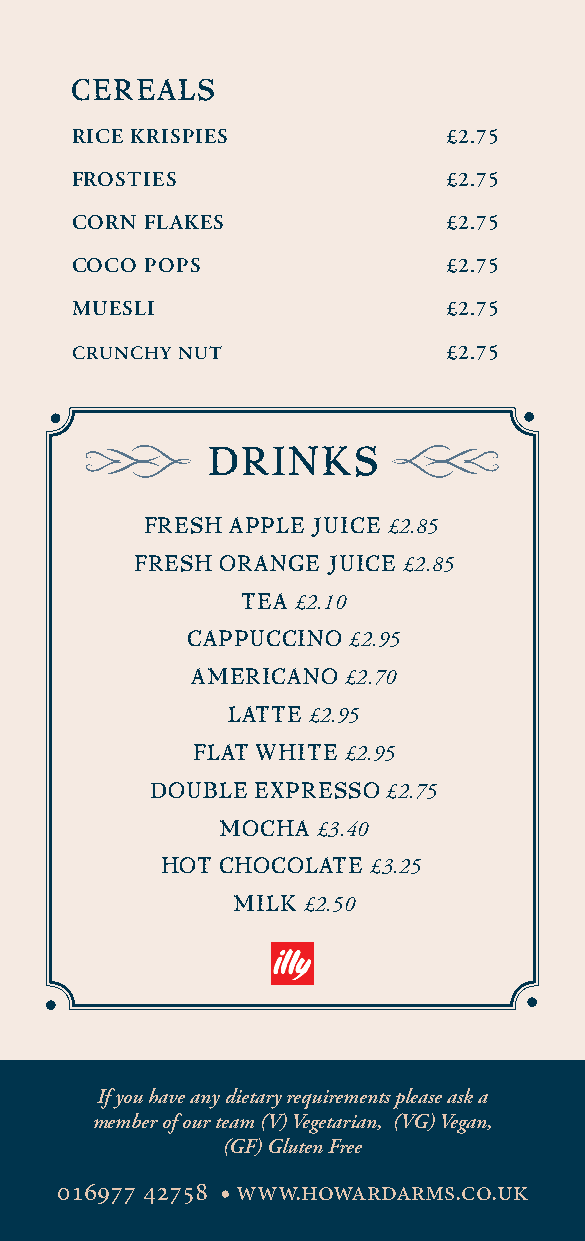
CEREALS
 RICE KRISPIES           £2.75
 FROSTIES                £2.75
 CORN FLAKES             £2.75
 COCO POPS               £2.75
 MUESLI                  £2.75
 CRUNCHY NUT              £2.75
 DRINKS
 FRESH APPLE JUICE £2.85
 FRESH ORANGE JUICE £2.85
 TEA £2.10
 CAPPUCCINO £2.95
 AMERICANO £2.70
 LATTE £2.95
 FLAT WHITE £2.95
 DOUBLE EXPRESSO £2.75
 MOCHA £3.40
 HOT CHOCOLATE £3.25
 MILK £2.50
 If you have any dietary requirements please ask a
 member of our team (V) Vegetarian, (VG) Vegan,
 (GF) Gluten Free
 016977 42758 • www.howardarms.co.uk